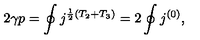
2 \gamma p = \oint j ^ { \frac { 1 } { 2 } ( T _ { 2 } + T _ { 3 } ) } = 2 \oint j ^ { ( 0 ) } ,